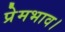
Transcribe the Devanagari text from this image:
प्रेमभाव।